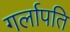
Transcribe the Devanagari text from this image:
गर्लापति